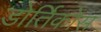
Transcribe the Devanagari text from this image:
डोर्तिकोस